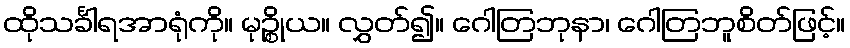
ထိုသင်္ခါရအာရုံကို။ မုဉ္စိုယ။ လွှတ်၍။ ဂေါတြဘုနာ၊ ဂေါတြဘူစိတ်ဖြင့်။